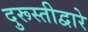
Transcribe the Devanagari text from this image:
दुरूस्तीद्वारे